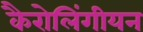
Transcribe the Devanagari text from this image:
कैरोलिंगीयन